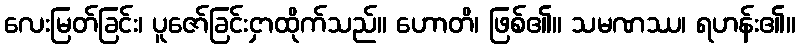
လေးမြတ်ခြင်း၊ ပူဇော်ခြင်းငှာထိုက်သည်။ ဟောတိ၊ ဖြစ်၏။ သမဏဿ၊ ရဟန်း၏။